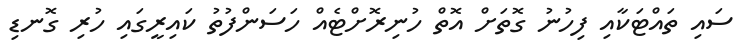
ސައި ތައްޓަކާއި ފިހުނު ގޮތަށް އޮތް ހުނިރޮށްޓެއް ހަސަންފުތު ކައިރީގައި ހުރި ގޮނޑި